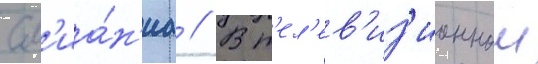
сл'иа́н'иа // В т'ел'ев'из'ионнои